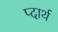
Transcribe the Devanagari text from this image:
प्दार्थ